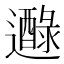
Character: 𨘭